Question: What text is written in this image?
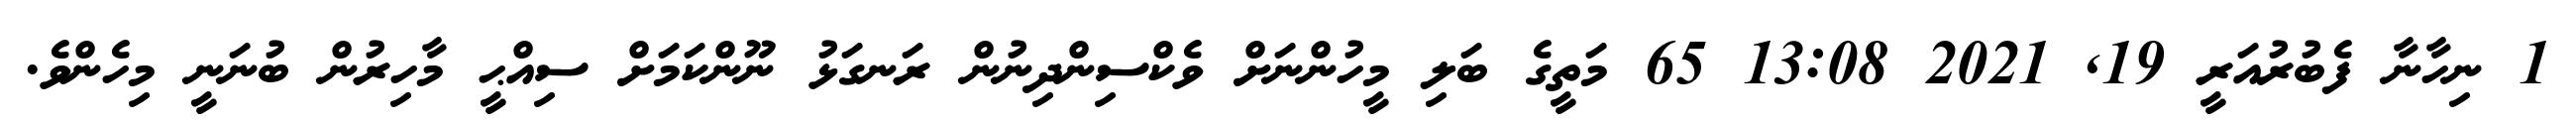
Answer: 1 ނިހާނާ ފެބުރުއަރީ 19, 2021 13:08 65 މަތީގެ ބަލި މީހުންނަށް ވެކްސިންދިނުން ރަނގަޅު ނޫންކަމަށް ސިއްޙީ މާހިރުން ބުނަނީ މިހެންވެ.